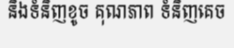
និងទំនិញខូច គុណភាព ទំនិញគេច